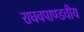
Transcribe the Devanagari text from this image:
राघवपाण्डवीय